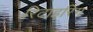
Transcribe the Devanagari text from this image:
रिटाइरिंग